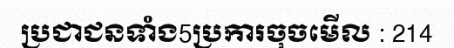
ប្រជាជនទាំង5ប្រការចុចមើល : 214